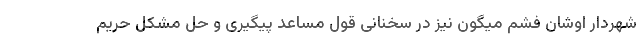
شهردار اوشان فشم میگون نیز در سخنانی قول مساعد پیگیری و حل مشکل حریم